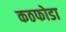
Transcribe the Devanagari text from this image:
कठफोडा